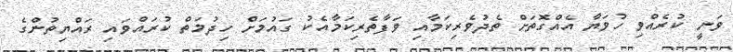
ވަނީ ކުރެއްވި ހުވަޔާ އެއްގޮތަށް ތެދުވެރިކަމާއި ވަފާތެރިކަމާއެކު ގައުމަށް ހިދުމަތް ކުރައްވައި ރައްޔިތުންގެ